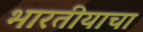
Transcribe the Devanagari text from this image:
भारतीयाचा